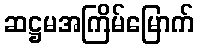
ဆဋ္ဌမအကြိမ်မြောက်